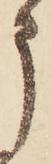
申